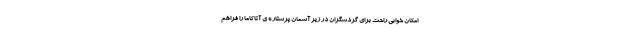
امکان خوابی راحت برای گردشگران در زیر آسمان پرستاره ی آتاکاما را فراهم